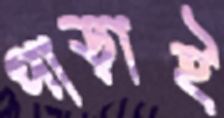
পাড়াই